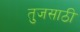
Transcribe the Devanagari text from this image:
तुजसाठी